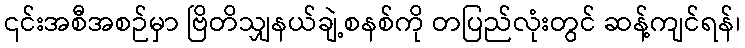
၎င်းအစီအစဉ်မှာ ဗြိတိသျှနယ်ချဲ့စနစ်ကို တပြည်လုံးတွင် ဆန့်ကျင်ရန်၊